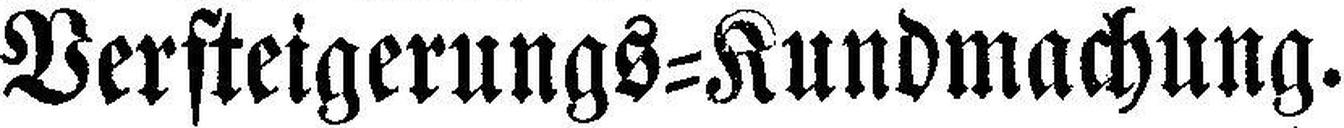
Versteigerungs=Kundmachung.